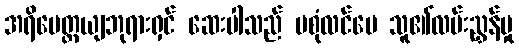
အရိမေတ္တယျဘုရားရှင် ဆေးပါသည် မစုံလင်ပေ သူ၏လမ်းညွှန်မှု